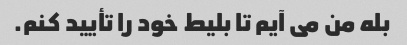
بله من می آیم تا بلیط خود را تأیید کنم.